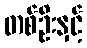
တစ်ဦးနှင့်